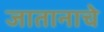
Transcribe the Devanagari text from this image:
जातानाचे